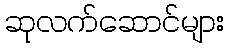
ဆုလက်ဆောင်များ